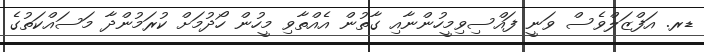
ޑރ. އަފްޒަލްވެސް ވަނީ ފައްސިވިމީހުންނާއި ގާތުން އެއްތާވި މީހުން ހޯދުމަށް ކުރަމުންދާ މަސައްކަތުގެ